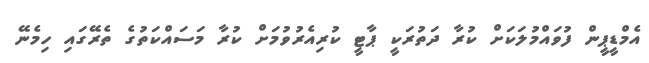
އެމްޑީޕީން ފުވައްމުލަކަށް ކުރާ ދަތުރަކީ ޕާޓީ ކުރިއެރުވުމަށް ކުރާ މަސައްކަތުގެ ތެރޭގައި ހިމެނޭ